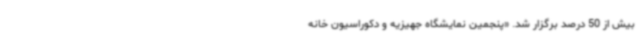
بیش از 50 درصد برگزار شد. «پنجمین نمایشگاه جهیزیه و دکوراسیون خانه